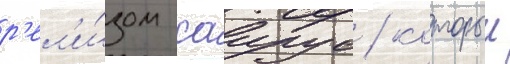
р'ел'и́зом саирус / которыи